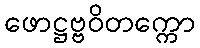
ဖောဋ္ဌဗ္ဗဝိတက္ကော